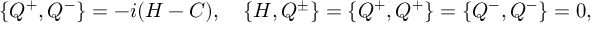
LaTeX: \{ Q ^ { + } , Q ^ { - } \} = - i ( H - C ) , \quad \{ H , Q ^ { \pm } \} = \{ Q ^ { + } , Q ^ { + } \} = \{ Q ^ { - } , Q ^ { - } \} = 0 ,